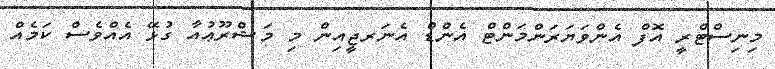
މިނިސްޓްރީ އޮފް އެންވަޔަރަންމަންޓް އެންޑް އެނަރޖީއިން މި މަޝްރޫޢުއާ ގުޅޭ އެއްވެސް ކަމެއް